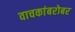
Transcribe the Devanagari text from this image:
वाचकांबरोबर